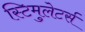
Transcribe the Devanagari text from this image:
स्टिमुलेटर्स